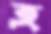
হ